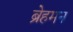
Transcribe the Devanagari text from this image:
ब्रेहमन